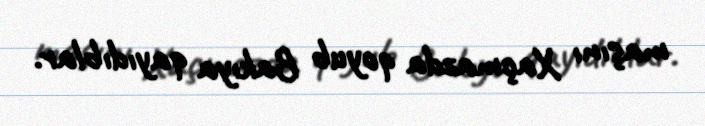
maşını Xaçmazda qoyub Bakıya qayıdıblar.